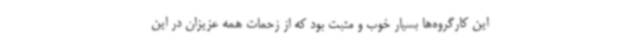
این کارگروه‌ها بسیار خوب و مثبت بود که از زحمات همه عزیزان در این